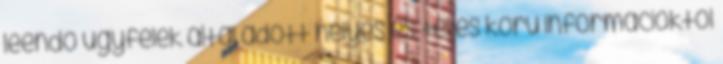
leendő ügyfelek által adott helyes és teljes körű információktól